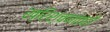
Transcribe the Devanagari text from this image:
ख्रिश्चनांतही